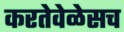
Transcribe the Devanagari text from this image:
करतेवेळेसच